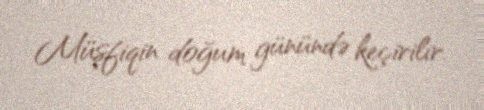
Müşfiqin doğum günündə keçirilir.